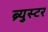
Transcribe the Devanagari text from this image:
ब्र्युस्टर